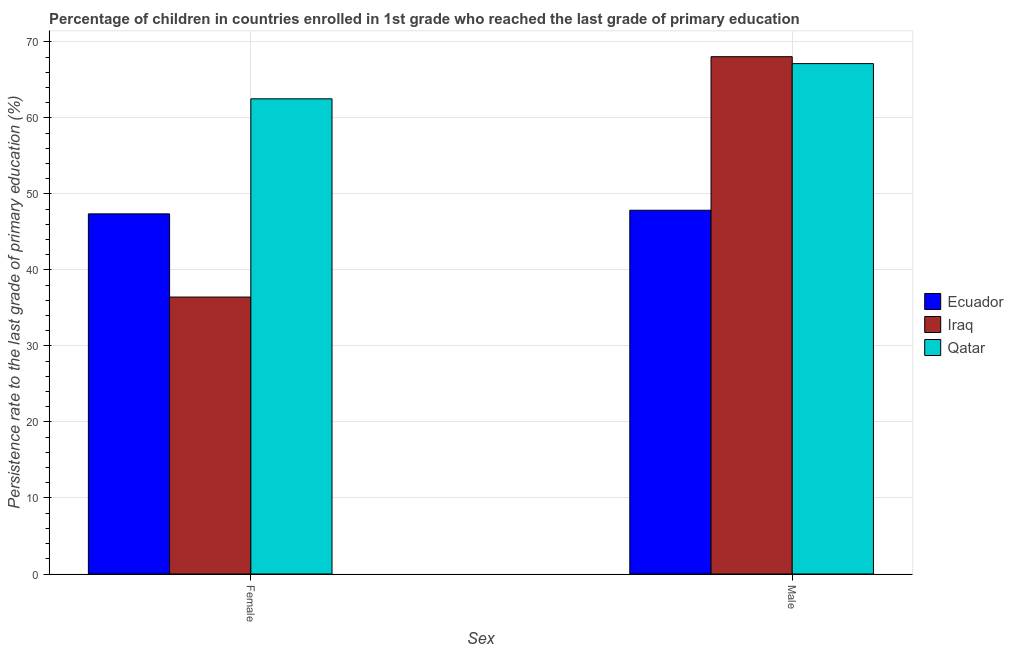
| Sex | Ecuador | Iraq | Qatar |
 | --- | --- | --- | --- |
 | Female | 47.4 | 36.4 | 62.5 |
 | Male | 47.9 | 68.1 | 67.1 |